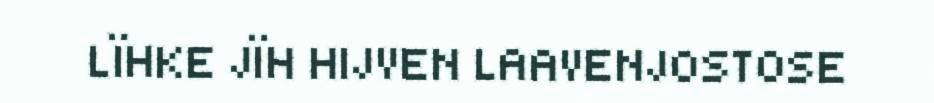
LÏHKE JÏH HIJVEN LAAVENJOSTOSE